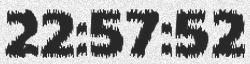
22:57:52